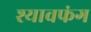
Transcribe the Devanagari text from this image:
श्यावफंग